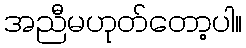
အညီမဟုတ်တော့ပါ။